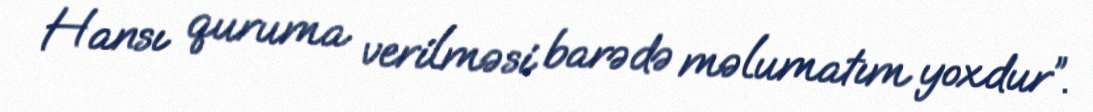
Hansı quruma verilməsi barədə məlumatım yoxdur”.